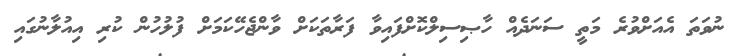
ނުވަތަ އެއަށްވުރެ މަތީ ސަނަދެއް ހާޞިސިލްކޮށްފައިވާ ފަރާތަކަށް ވާންޖެހޭކަމަށް ފުލުހުން ކުރި އިއުލާނުގައި